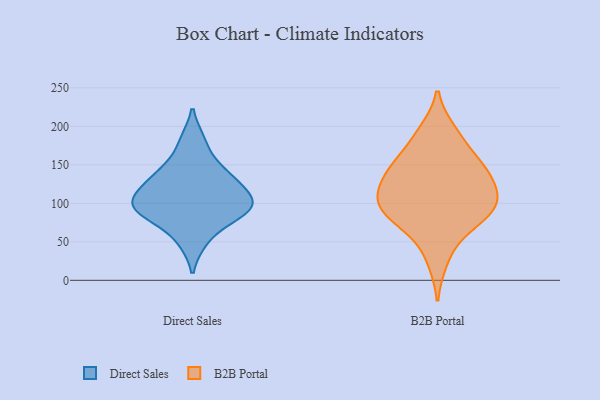
{"axis": {"x": "Net Income (USD K)", "y": "Value"}, "legend": ["B2B Portal", "Direct Sales"], "data": [{"x": "", "y": 119, "type": "Direct Sales"}, {"x": "", "y": 137, "type": "Direct Sales"}, {"x": "", "y": 99, "type": "Direct Sales"}, {"x": "", "y": 146, "type": "Direct Sales"}, {"x": "", "y": 120, "type": "Direct Sales"}, {"x": "", "y": 181, "type": "Direct Sales"}, {"x": "", "y": 89, "type": "Direct Sales"}, {"x": "", "y": 51, "type": "Direct Sales"}, {"x": "", "y": 99, "type": "Direct Sales"}, {"x": "", "y": 94, "type": "Direct Sales"}, {"x": "", "y": 82, "type": "Direct Sales"}, {"x": "", "y": 151, "type": "B2B Portal"}, {"x": "", "y": 130, "type": "B2B Portal"}, {"x": "", "y": 96, "type": "B2B Portal"}, {"x": "", "y": 164, "type": "B2B Portal"}, {"x": "", "y": 73, "type": "B2B Portal"}, {"x": "", "y": 88, "type": "B2B Portal"}, {"x": "", "y": 133, "type": "B2B Portal"}, {"x": "", "y": 142, "type": "B2B Portal"}, {"x": "", "y": 98, "type": "B2B Portal"}, {"x": "", "y": 146, "type": "B2B Portal"}, {"x": "", "y": 87, "type": "B2B Portal"}, {"x": "", "y": 190, "type": "B2B Portal"}, {"x": "", "y": 101, "type": "B2B Portal"}, {"x": "", "y": 115, "type": "B2B Portal"}, {"x": "", "y": 108, "type": "B2B Portal"}, {"x": "", "y": 60, "type": "B2B Portal"}, {"x": "", "y": 194, "type": "B2B Portal"}, {"x": "", "y": 25, "type": "B2B Portal"}]}